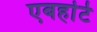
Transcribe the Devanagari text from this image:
एबर्हार्ट